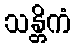
သန္တိကံ